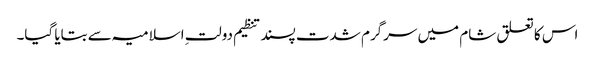
اس کا تعلق شام میں سرگرم شدت پسند تنظیم دولتِ اسلامیہ سے بتایا گیا۔